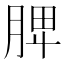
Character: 𦜉